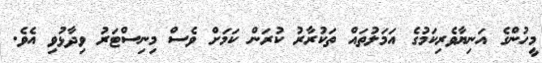
މީހުންގެ އަނިޔާވެރިކަމުގެ އަމަލުތައް ތަކުރާރު ކުރަން ކަމަށް ވެސް މިނިސްޓަރު ވިދާޅުވި އެވެ.